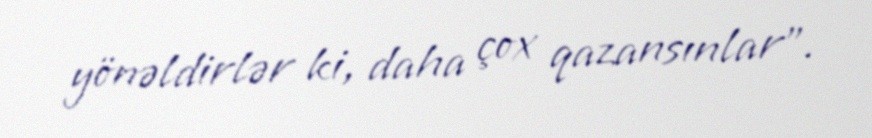
yönəldirlər ki, daha çox qazansınlar".